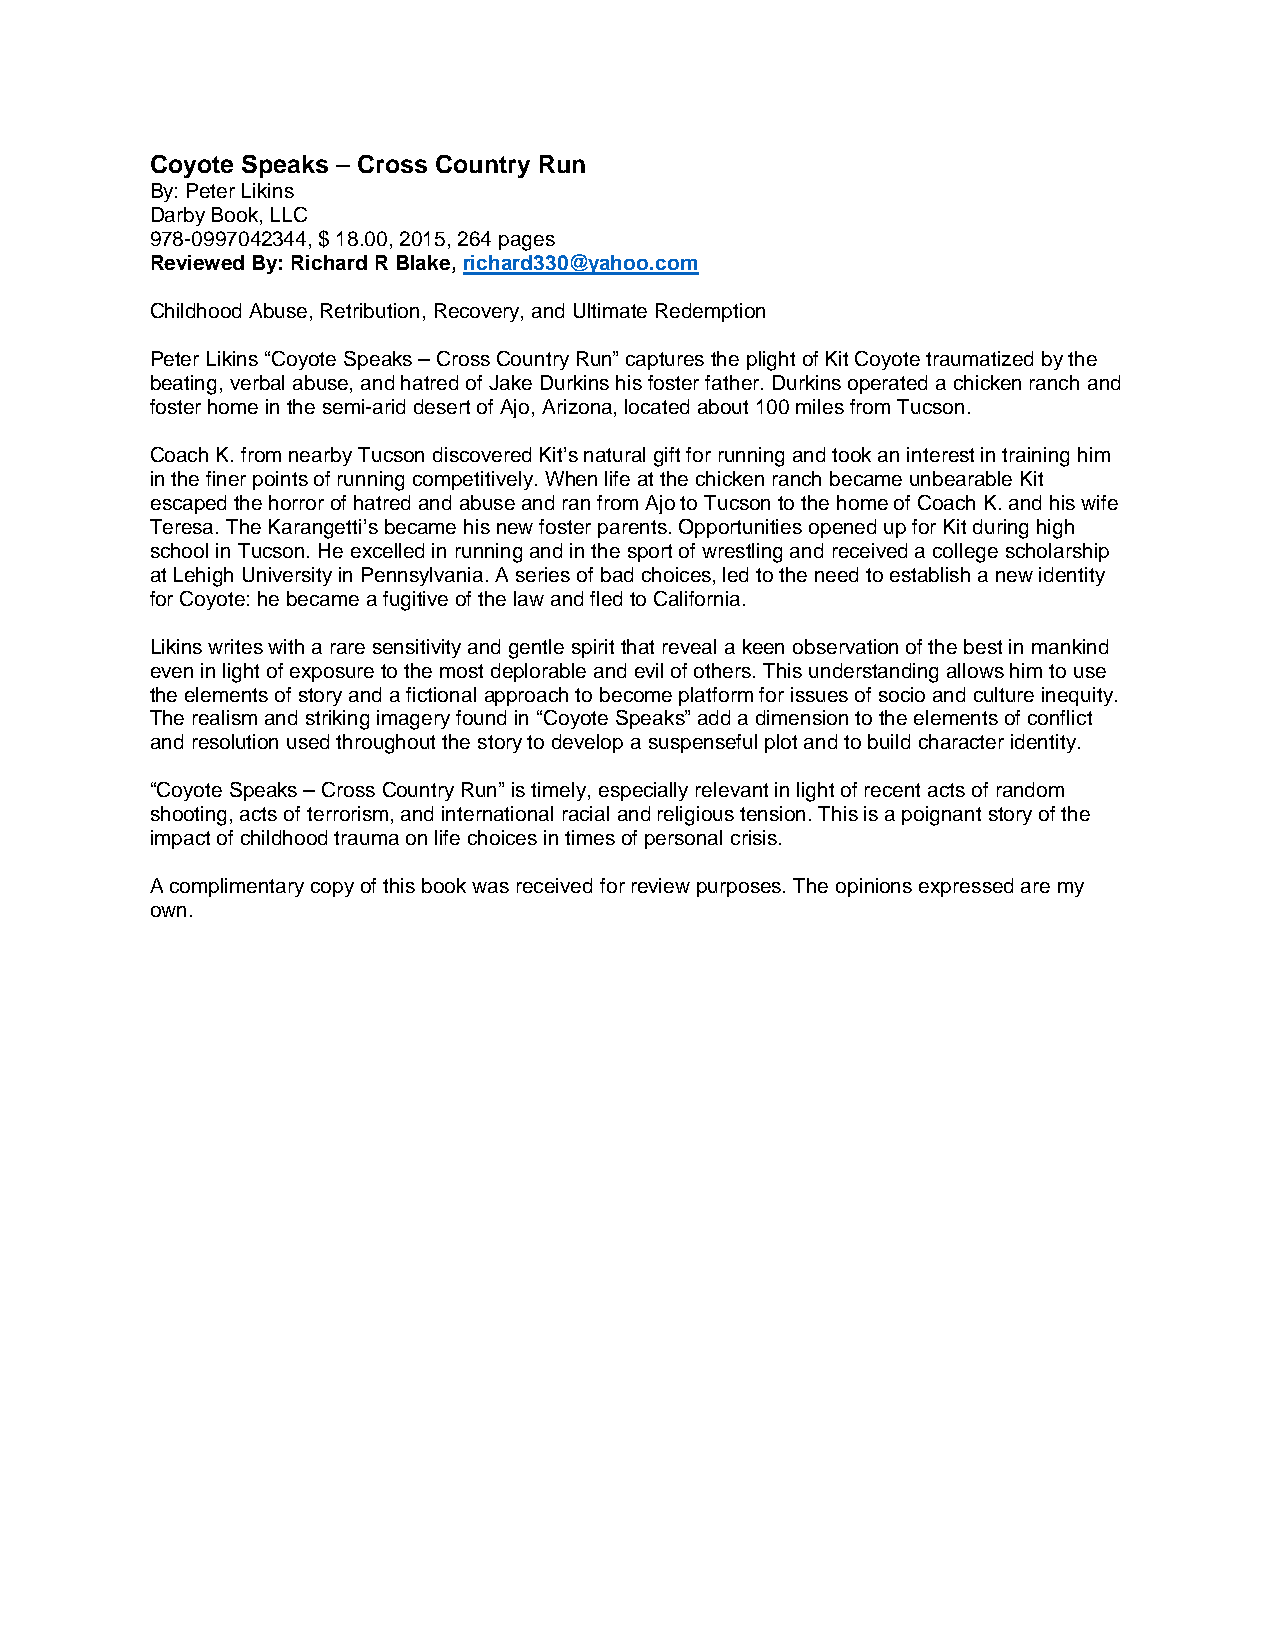
Coyote Speaks – Cross Country Run
 By: Peter Likins
 Darby Book, LLC
 978-0997042344, $ 18.00, 2015, 264 pages
 Reviewed By: Richard R Blake, richard330@yahoo.com
 Childhood Abuse, Retribution, Recovery, and Ultimate Redemption
 Peter Likins “Coyote Speaks – Cross Country Run” captures the plight of Kit Coyote traumatized by the
 beating, verbal abuse, and hatred of Jake Durkins his foster father. Durkins operated a chicken ranch and
 foster home in the semi-arid desert of Ajo, Arizona, located about 100 miles from Tucson.
 Coach K. from nearby Tucson discovered Kit’s natural gift for running and took an interest in training him
 in the finer points of running competitively. When life at the chicken ranch became unbearable Kit
 escaped the horror of hatred and abuse and ran from Ajo to Tucson to the home of Coach K. and his wife
 Teresa. The Karangetti’s became his new foster parents. Opportunities opened up for Kit during high
 school in Tucson. He excelled in running and in the sport of wrestling and received a college scholarship
 at Lehigh University in Pennsylvania. A series of bad choices, led to the need to establish a new identity
 for Coyote: he became a fugitive of the law and fled to California.
 Likins writes with a rare sensitivity and gentle spirit that reveal a keen observation of the best in mankind
 even in light of exposure to the most deplorable and evil of others. This understanding allows him to use
 the elements of story and a fictional approach to become platform for issues of socio and culture inequity.
 The realism and striking imagery found in “Coyote Speaks” add a dimension to the elements of conflict
 and resolution used throughout the story to develop a suspenseful plot and to build character identity.
 “Coyote Speaks – Cross Country Run” is timely, especially relevant in light of recent acts of random
 shooting, acts of terrorism, and international racial and religious tension. This is a poignant story of the
 impact of childhood trauma on life choices in times of personal crisis.
 A complimentary copy of this book was received for review purposes. The opinions expressed are my
 own.